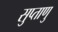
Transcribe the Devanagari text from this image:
सुप्ताणु